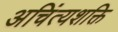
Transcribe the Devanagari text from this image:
अचिंत्यशक्ति